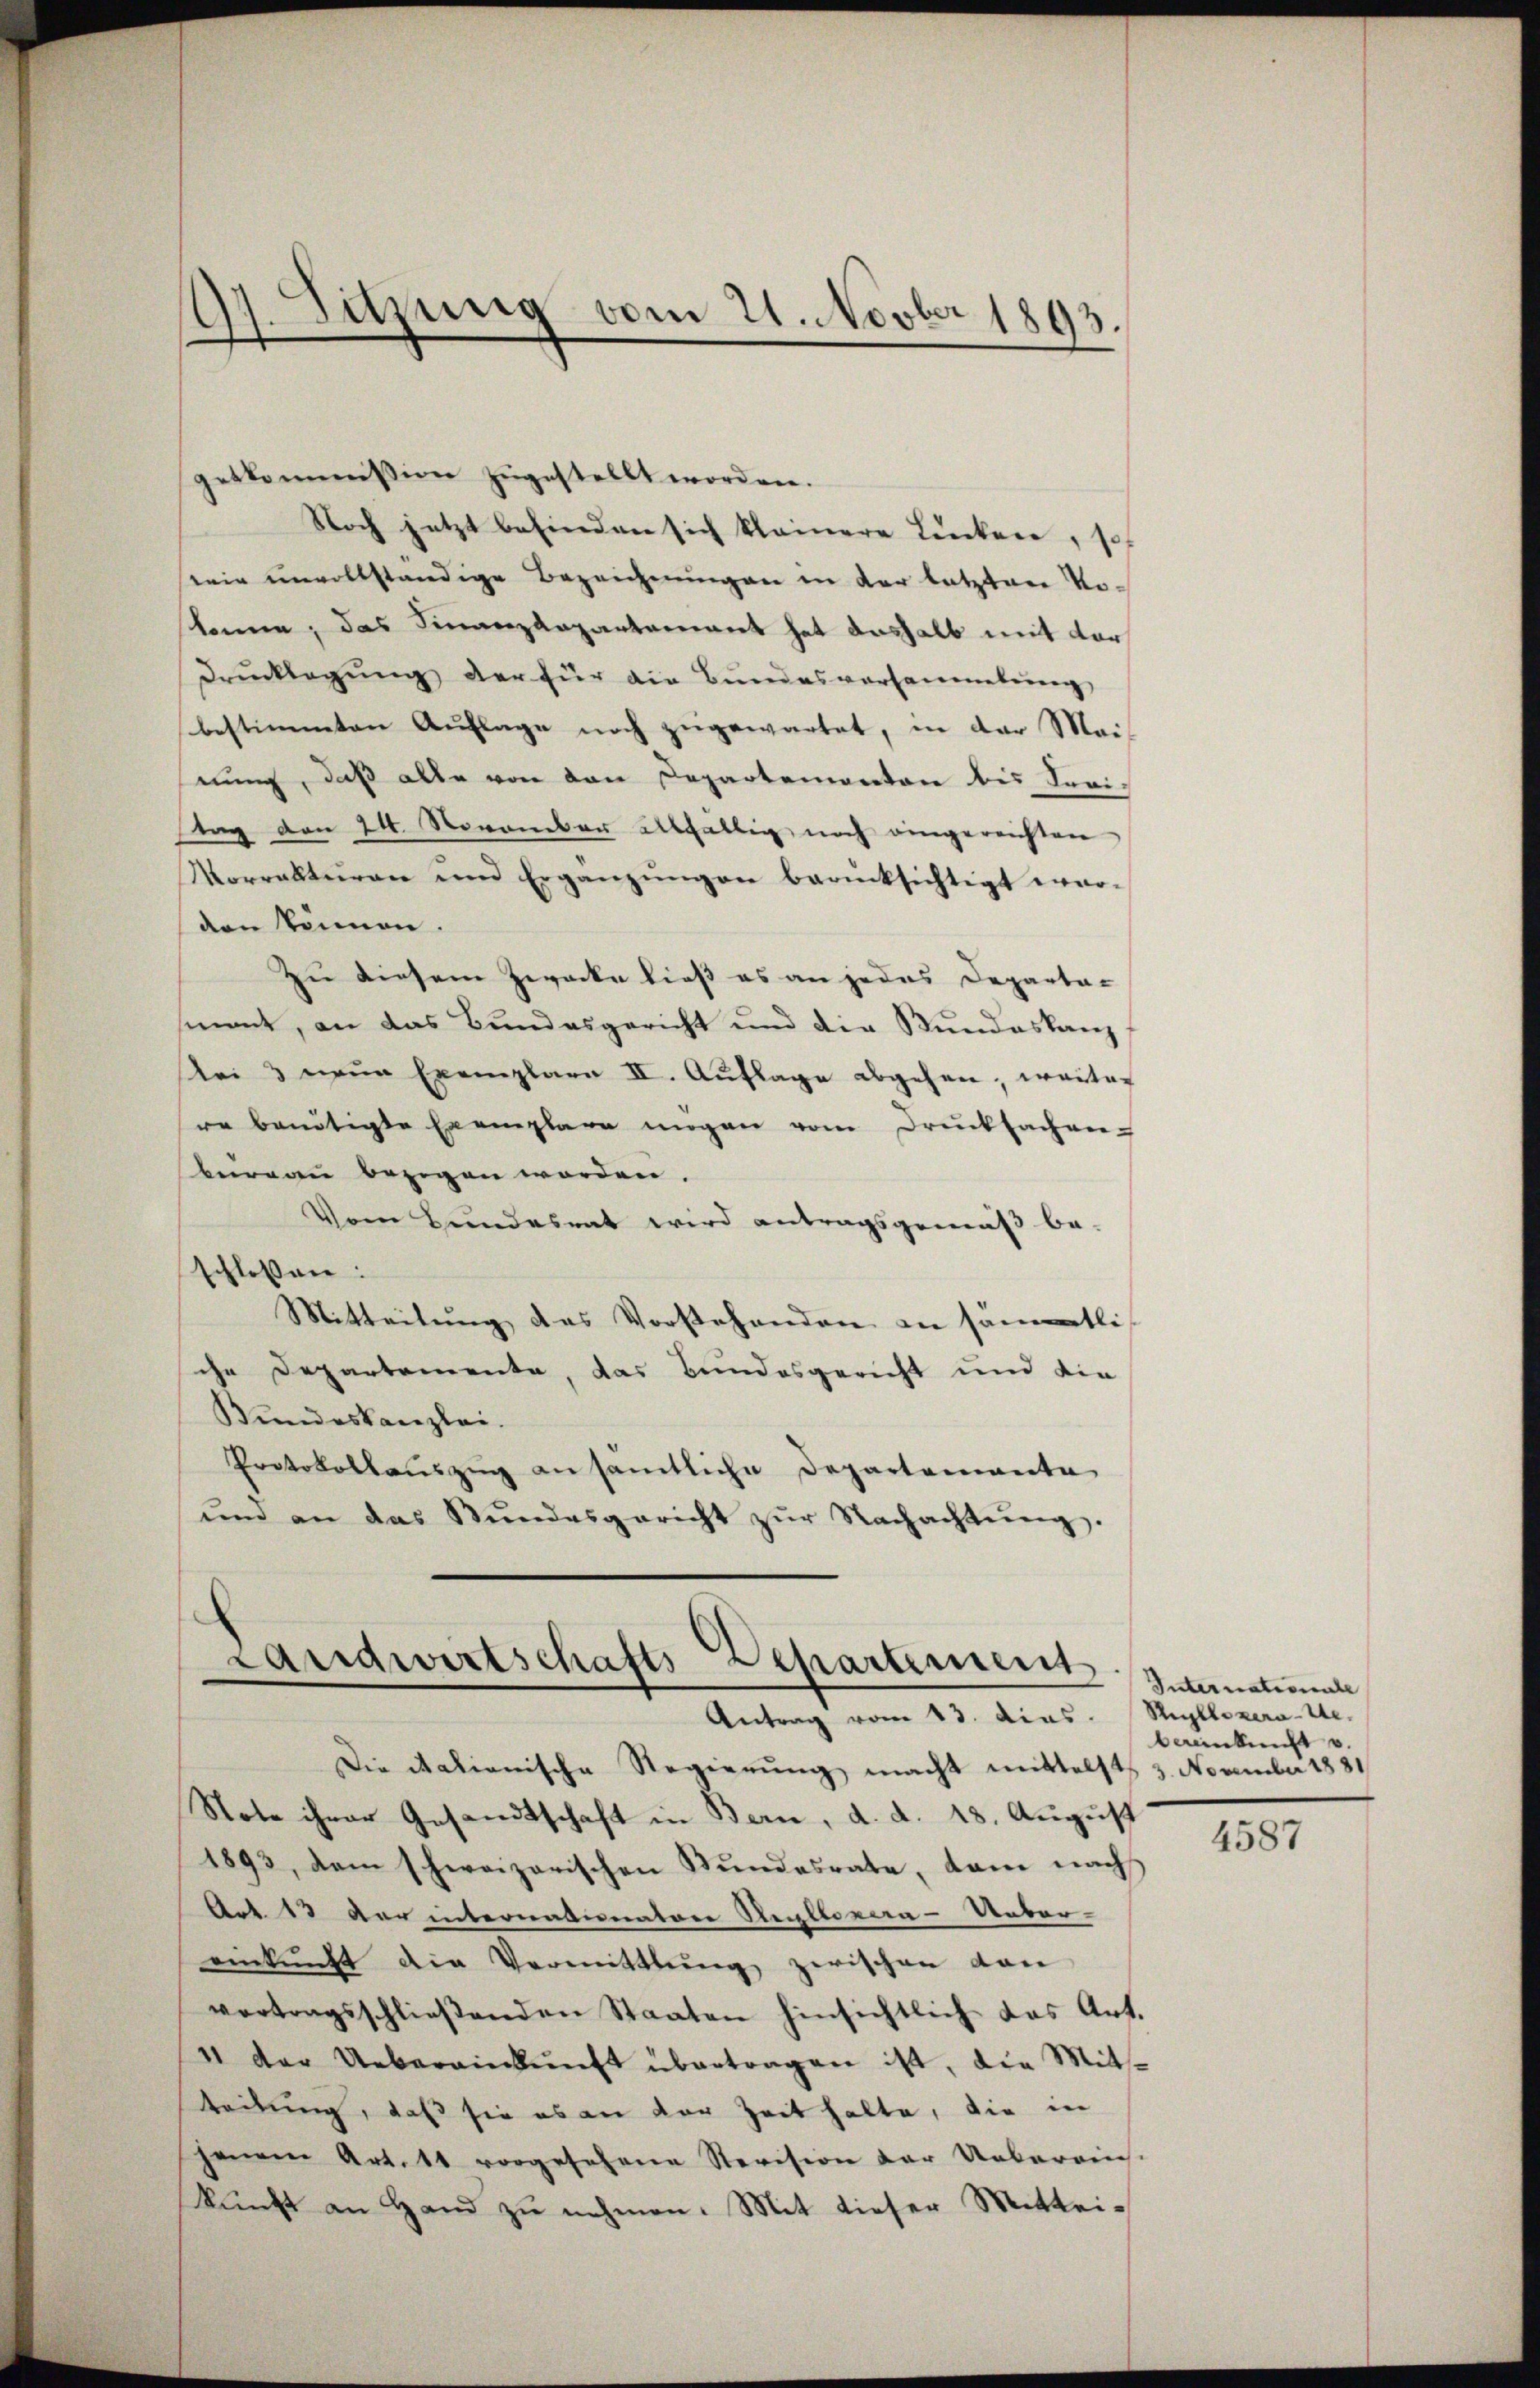
getkommission zugestellt worden.
Noch jetzt befinden sich kleinere Lenken, so
wir unvollständige Bezeichnungen in der letzten Vo
könne; das Finanzdepartement hat deshalb mit vor¬
Drucklegung der für die Bundesversammelung,
bestimmten Auflage noch zugewartet, in der Mais
nung, daß alle von den Departementen bis Seri¬
Stag den 24. November allfällig noch eingereichten
Vorrakturen und Ergänzŭngen berüksichtigt er-
den können.
Zu diesem Zwecke ließ es an jedes Departa-
sint, an das Bundesgericht und die Bundeskanz
Uri & neue Exemplare II. Auflage abgehen, weiter
re baidtigte Exemplare mögen vom Drucksachen-
bewann bezigen worden.
Vom Bundesrat wird antragsgemäß be-
schlossen:
Mitteilung das Vorstehenden an sämtlich
che Departemente, das Bundesgericht und die
Bundeskanzlei.
Protokollauszug an sämtliche Departemente
und an das Stŭndesgericht zŭr Nachachtŭng.

Sitzung vom 21. Novber 1893.
)

Landwirtschafts-Departement
Antrag vom 13. Dias. Ryllozera-Ue.

Die italienische Regierung macht mittelst 3. November 1881
Note ihrer Gesandtschaft in Bern, d. d. 18. August
1893, dem schweizerischen Stundesrate, kam nach
Act. 13 der internationatore Kellenera-Ueber-
akŭnft die Vermittlung zwischen von
vertragsschlieβenden Staaten hinsichtlich das Art.
11 der Uebereinkŭnft übertragen ist, die Mit-
teilung, daß sie es an der Zeit hatte, die in
jenem Art. 11 vorgesehene Revision der Uebereins-
kunft an Hand zu nehmen. Mit dieser Mittei¬

Internationale
bereinkunft v.

4587